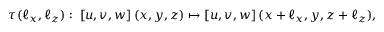
\tau ( \ell _ { x } , \ell _ { z } ) : \; \left[ u , v , w \right] ( x , y , z ) \mapsto \left[ u , v , w \right] ( x + \ell _ { x } , y , z + \ell _ { z } ) ,